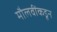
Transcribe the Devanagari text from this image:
मौलवींकडून